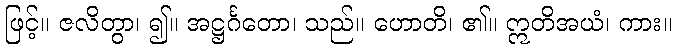
ဖြင့်။ ဇလိတွာ၊ ၍။ အဋ္ဌင်္ဂတော၊ သည်။ ဟောတိ၊ ၏။ ဣတိအယံ၊ ကား။